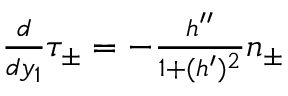
\begin{array} { r } { \frac { d } { d y _ { 1 } } \tau _ { \pm } = - \frac { h ^ { \prime \prime } } { 1 + ( h ^ { \prime } ) ^ { 2 } } n _ { \pm } } \end{array}